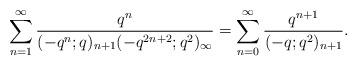
LaTeX: \begin{align*}\sum_{n=1}^{\infty} \frac{q^n}{(-q^n;q)_{n+1}(-q^{2n+2};q^2)_{\infty}}&=\sum_{n=0}^{\infty} \frac{q^{n+1}}{(-q;q^2)_{n+1}}. \end{align*}